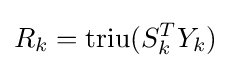
R_{k}={\text{triu}}(S_{k}^{T}Y_{k})